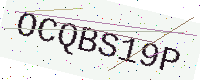
Text: OCQBS19P